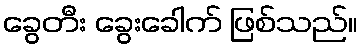
ခွေတီး ခွေးခေါက် ဖြစ်သည်။